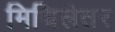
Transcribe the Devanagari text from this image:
मिथिलेतर